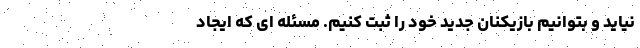
نیاید و بتوانیم بازیکنان جدید خود را ثبت کنیم. مسئله ای که ایجاد